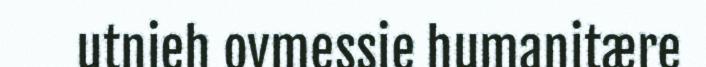
utnieh ovmessie humanitære